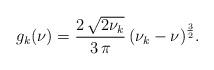
LaTeX: \begin{align*} g_k(\nu)=\frac{2\,{\sqrt{2\nu_k }}}{3\,\pi }\, {\left( \nu_k - \nu \right) }^{\frac{3}{2}}.\end{align*}